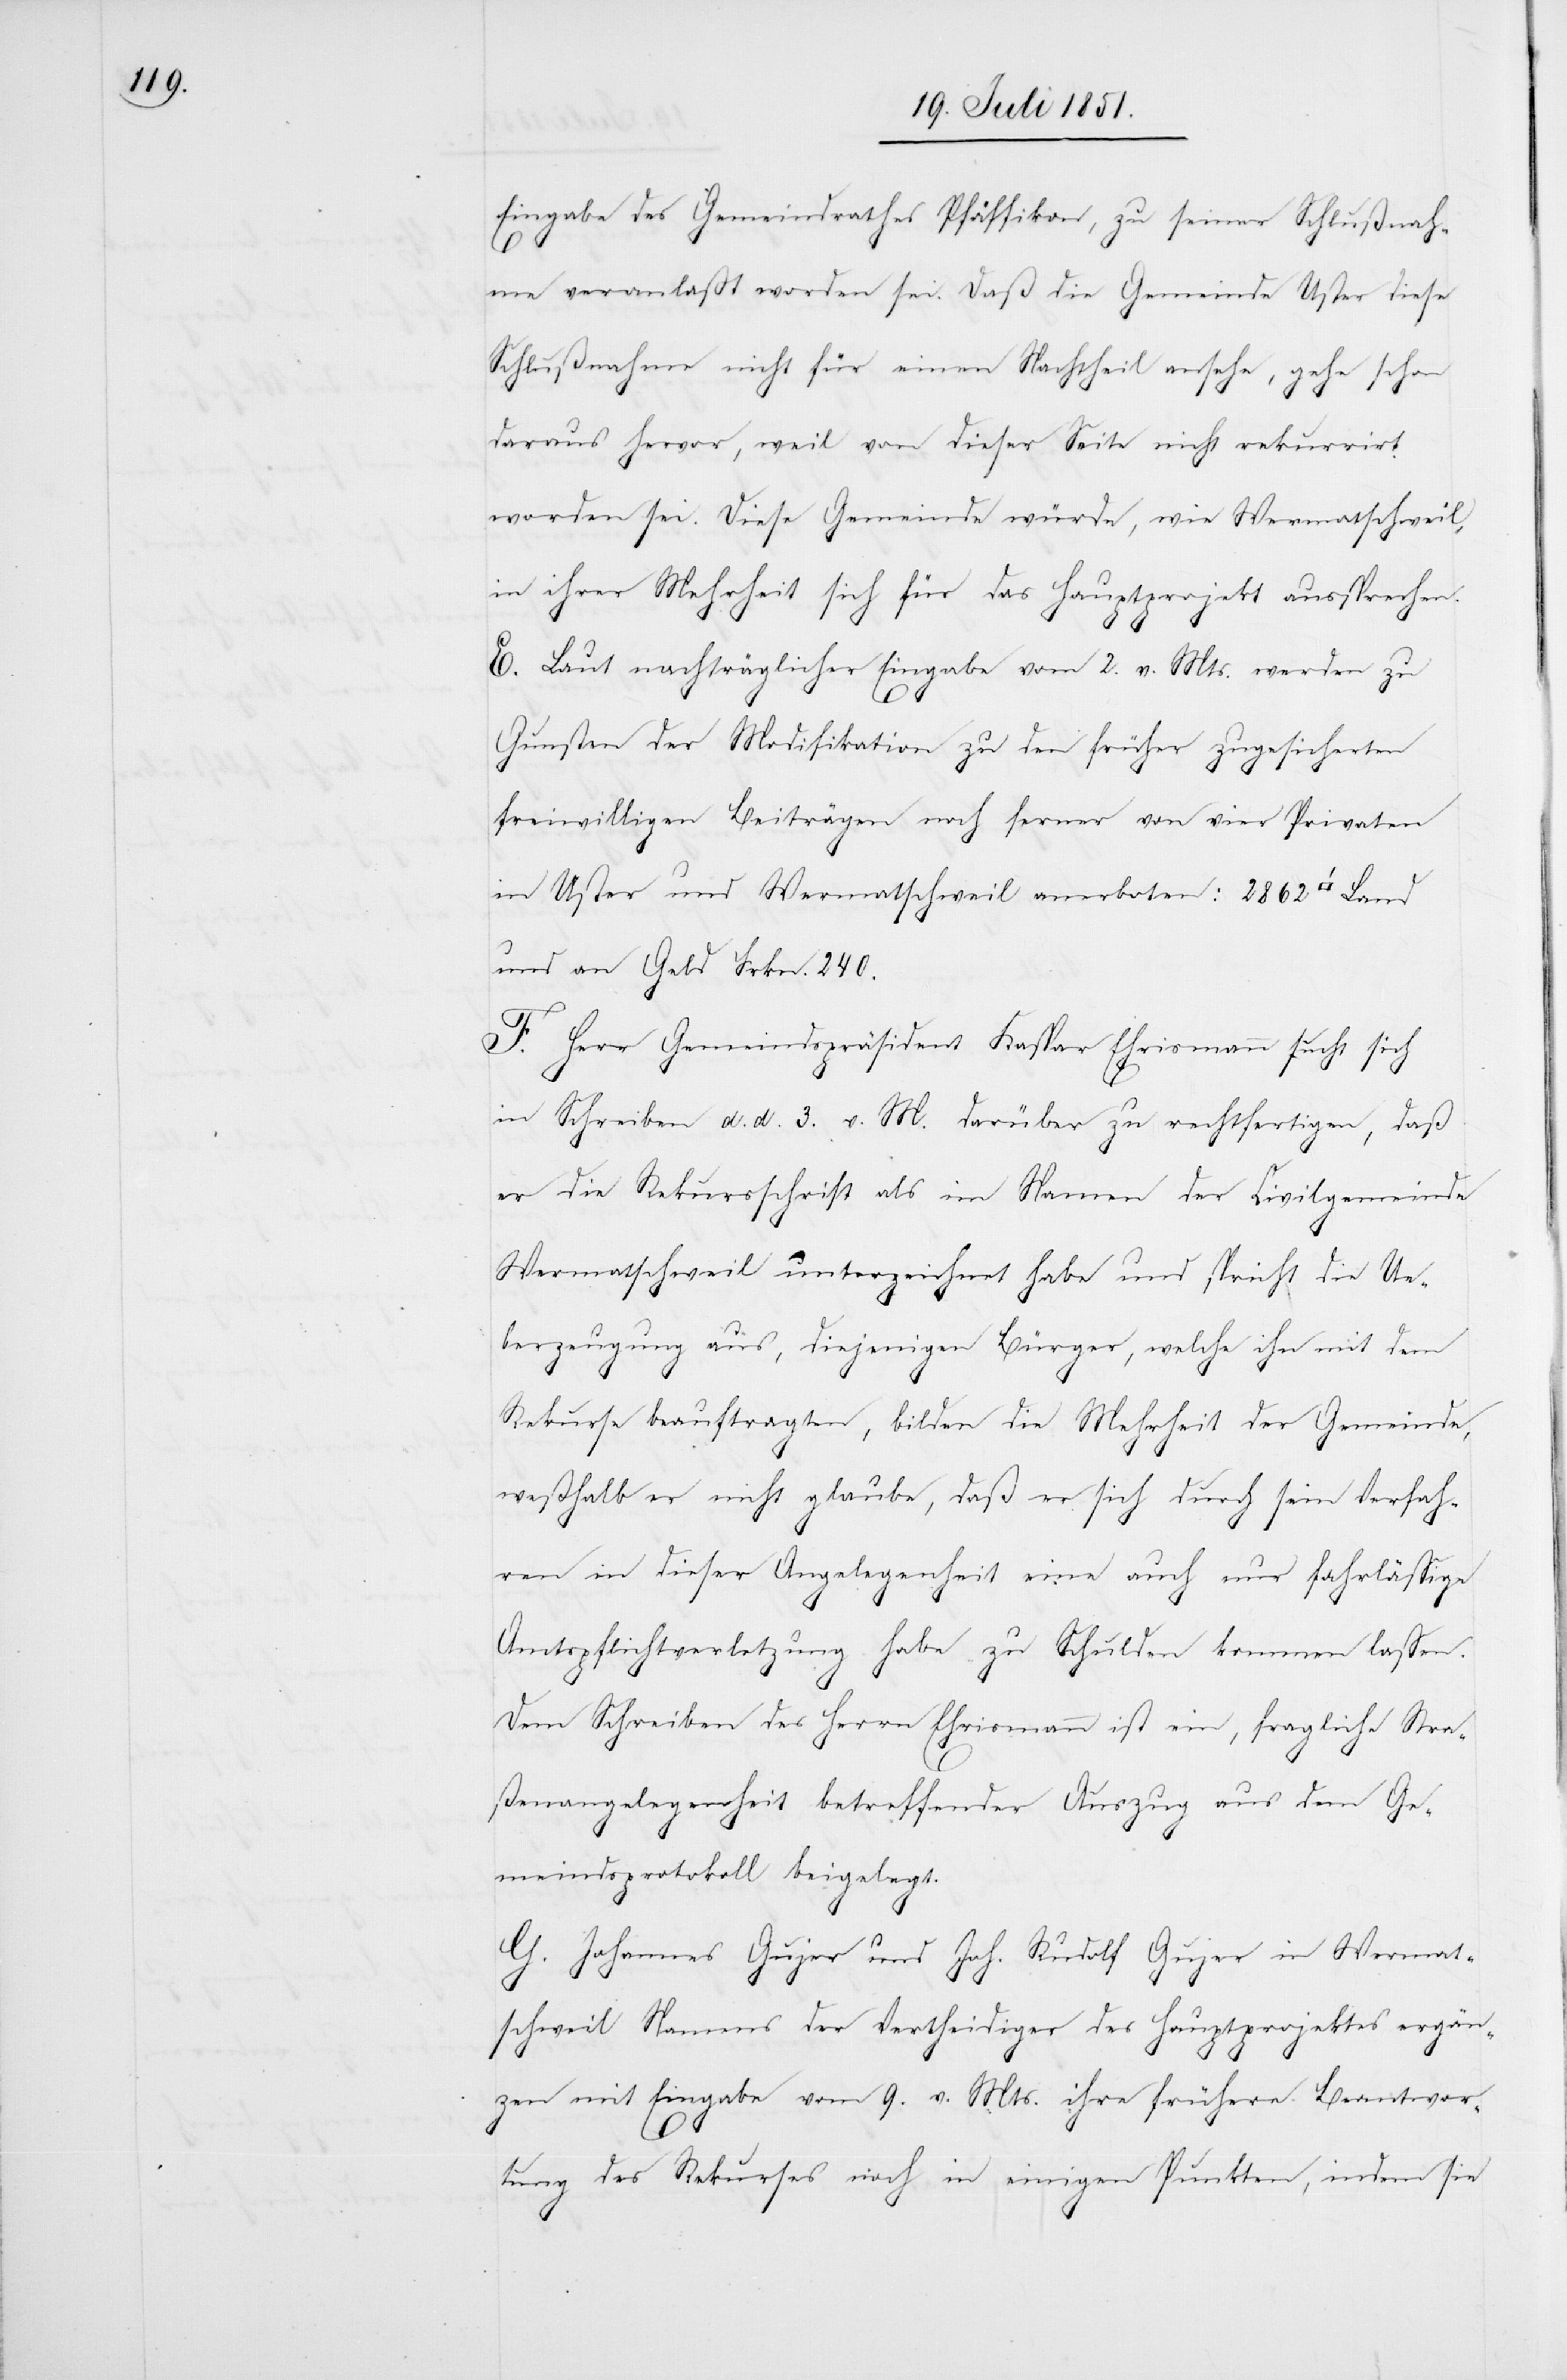
Eingabe des Gemeindrathes Pfäffikon, zu seiner Schlußnah¬
me veranlaßt worden sei. Daß die Gemeinde Uster diese
Schlußnahme nicht für einen Nachtheil ansehe, gehe
schon
daraus hervor, weil von dieser Seite nicht rekurrirt
worden sei. Diese Gemeinde würde, wie Wermatschweil,
in ihrer Mehrheit sich für das Hauptprojekt aussprechen.
E. Laut nachträglicher Eingabe vom 2. v. Mts. werden zu
Gunsten der Modifikation zu den früher zugesicherten
freiwilligen Beiträgen noch ferner von vier Privaten
in Uster und Wermatschweil anerboten: 2862
und an Geld Frkn. 240.
F. Herr Gemeindspräsident Kaspar Ehrismann sucht sich
in Schreiben d. d. 3. v. M. darüber zu rechtfertigen, daß
er die Rekursschrift als im Namen der Civilgemeinde
Wermatschweil unterzeichnet habe und spricht die Ue¬
berzeugung aus, diejenigen Bürger, welche ihn mit dem
Rekurse beauftragten, bilden die Mehrheit der Gemeinde,
weßhalb er nicht glaube, daß er sich durch sein Verfah¬
ren in dieser Angelegenheit eine auch nur fahrlässige
Amtspflichtverletzung habe zu Schulden kommen lassen.
Dem Schreiben des Herrn Ehrismann ist ein, fragliche Stra¬
ßenangelegenheit betreffender Auszug aus dem Ge¬
meindsprotokoll beigelegt.
G. Johannes Gujer und Joh. Rudolf Gujer in Wermat¬
schweil Namens der Vertheidiger des Hauptprojektes ergän¬
zen mit Eingabe vom 9. v. Mts. ihre frühere Beantwor¬
tung des Rekurses noch in einigen Punkten, indem sie